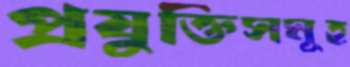
প্রযুক্তিসমূহ